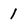
Character: 1